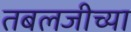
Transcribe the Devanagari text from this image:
तबलजीच्या